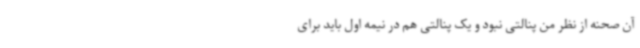
آن صحنه از نظر من پنالتی نبود و یک پنالتی هم در نیمه اول باید برای